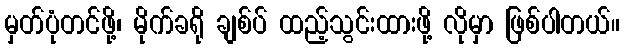
မှတ်ပုံတင်ဖို့၊ မိုက်ခရို ချစ်ပ် ထည့်သွင်းထားဖို့ လိုမှာ ဖြစ်ပါတယ်။